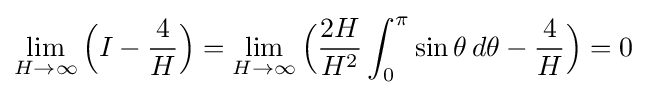
\lim _{H\rightarrow \infty }{\Big (}I-{4 \over H}{\Big )}=\lim _{H\rightarrow \infty }{\Big (}{2H \over H^{2}}\int _{0}^{\pi }\sin \theta \,d\theta -{4 \over H}{\Big )}=0